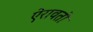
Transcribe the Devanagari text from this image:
ऐरावतो